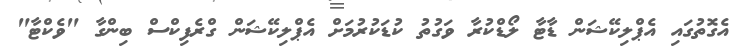
އެގޮތުގައި އެޕްލިކޭޝަން ޑާޓާ ލޯޑްކުރާ ވަގުތު ކުޑަކުރުމަށް އެޕްލިކޭޝަން ގްރެފިކްސް ބިންގާ "ވެކްޓާ"